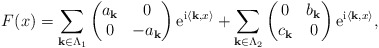
\begin{align*}F(x)=\sum_{{\bf k}\in \Lambda_{1}} \begin{pmatrix}a_{\bf k}&0\\0&-a_{\bf k}\end{pmatrix}{\rm e}^{{\rm i}\langle{\bf k},x\rangle} + \sum_{{\bf k}\in \Lambda_{2}} \begin{pmatrix}0&b_{\bf k}\\c_{\bf k}&0\end{pmatrix}{\rm e}^{{\rm i}\langle{\bf k},x\rangle},\end{align*}